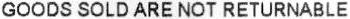
GOODS SOLD ARE NOT RETURNABLE